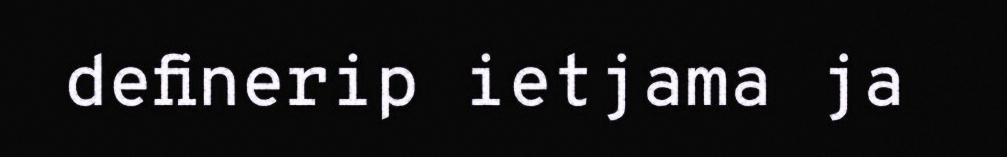
definerip ietjama ja